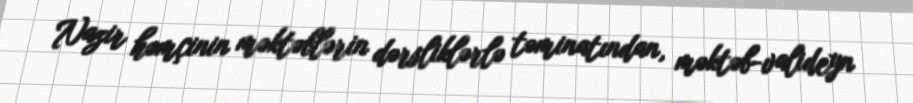
Nazir həmçinin məktəblərin dərsliklərlə təminatından, məktəb-valideyn